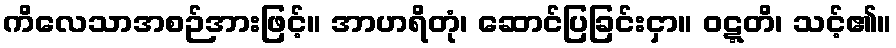
ကိလေသာအစဉ်အားဖြင့်။ အာဟရိတုံ၊ ဆောင်ပြခြင်းငှာ။ ဝဋ္ဋတိ၊ သင့်၏။